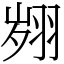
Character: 翙